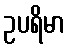
ဥပရိမာ